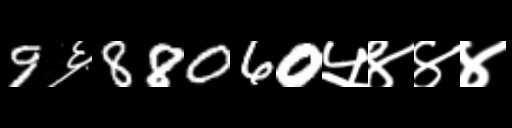
Text: 9६88060५४४४